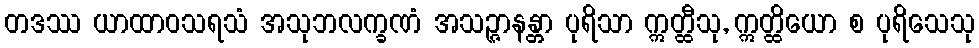
တဒဿ ယာထာဝသရသံ အသုဘလက္ခဏံ အသဉ္ဇာနန္တာ ပုရိသာ ဣတ္ထီသု, ဣတ္ထိယော စ ပုရိသေသု